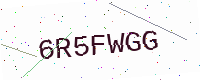
Text: 6R5FWGG